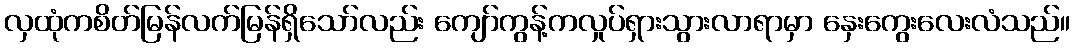
လှထုံကစိတ်မြန်လက်မြန်ရှိသော်လည်း ကျော်ကွန့်ကလှုပ်ရှားသွားလာရာမှာ နှေးကွေးလေးလံသည်။